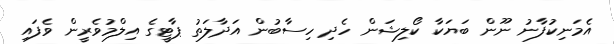
އެމަނިކުފާނު ނޫން ބަޔަކާ ކޯލިޝަން ހެދި ހިސާބުން އަދާލަތު ޕާޓީގެ އިލްމުވެރީން ވެފައި